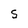
Character: s